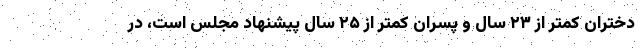
دختران کمتر از ۲۳ سال و پسران کمتر از ۲۵ سال پیشنهاد مجلس است، در